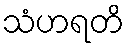
သံဟရတိ